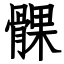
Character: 髁